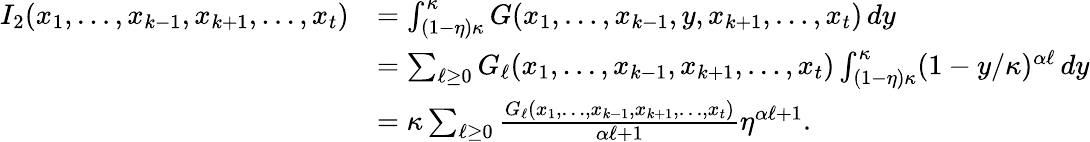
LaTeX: \begin{array}{rl}{I_{2}(x_{1},\dots,x_{k-1},x_{k+1},\dots,x_{t})}&{=\int_{(1-\eta)\kappa}^{\kappa}G(x_{1},\ldots,x_{k-1},y,x_{k+1},\ldots,x_{t})\, dy}\\ &{=\sum_{\ell\ge 0}G_{\ell}(x_{1},\ldots,x_{k-1},x_{k+1},\ldots,x_{t})\int_{(1-\eta)\kappa}^{\kappa}(1-y/\kappa)^{\alpha\ell}\, dy}\\ &{=\kappa\sum_{\ell\ge 0}\frac{G_{\ell}(x_{1},\ldots,x_{k-1},x_{k+1},\ldots,x_{t})}{\alpha\ell+1}\eta^{\alpha\ell+1}.}\end{array}